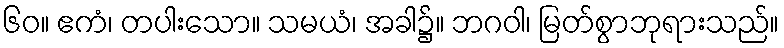
၆၀။ ဧကံ၊ တပါးသော။ သမယံ၊ အခါ၌။ ဘဂဝါ၊ မြတ်စွာဘုရားသည်။